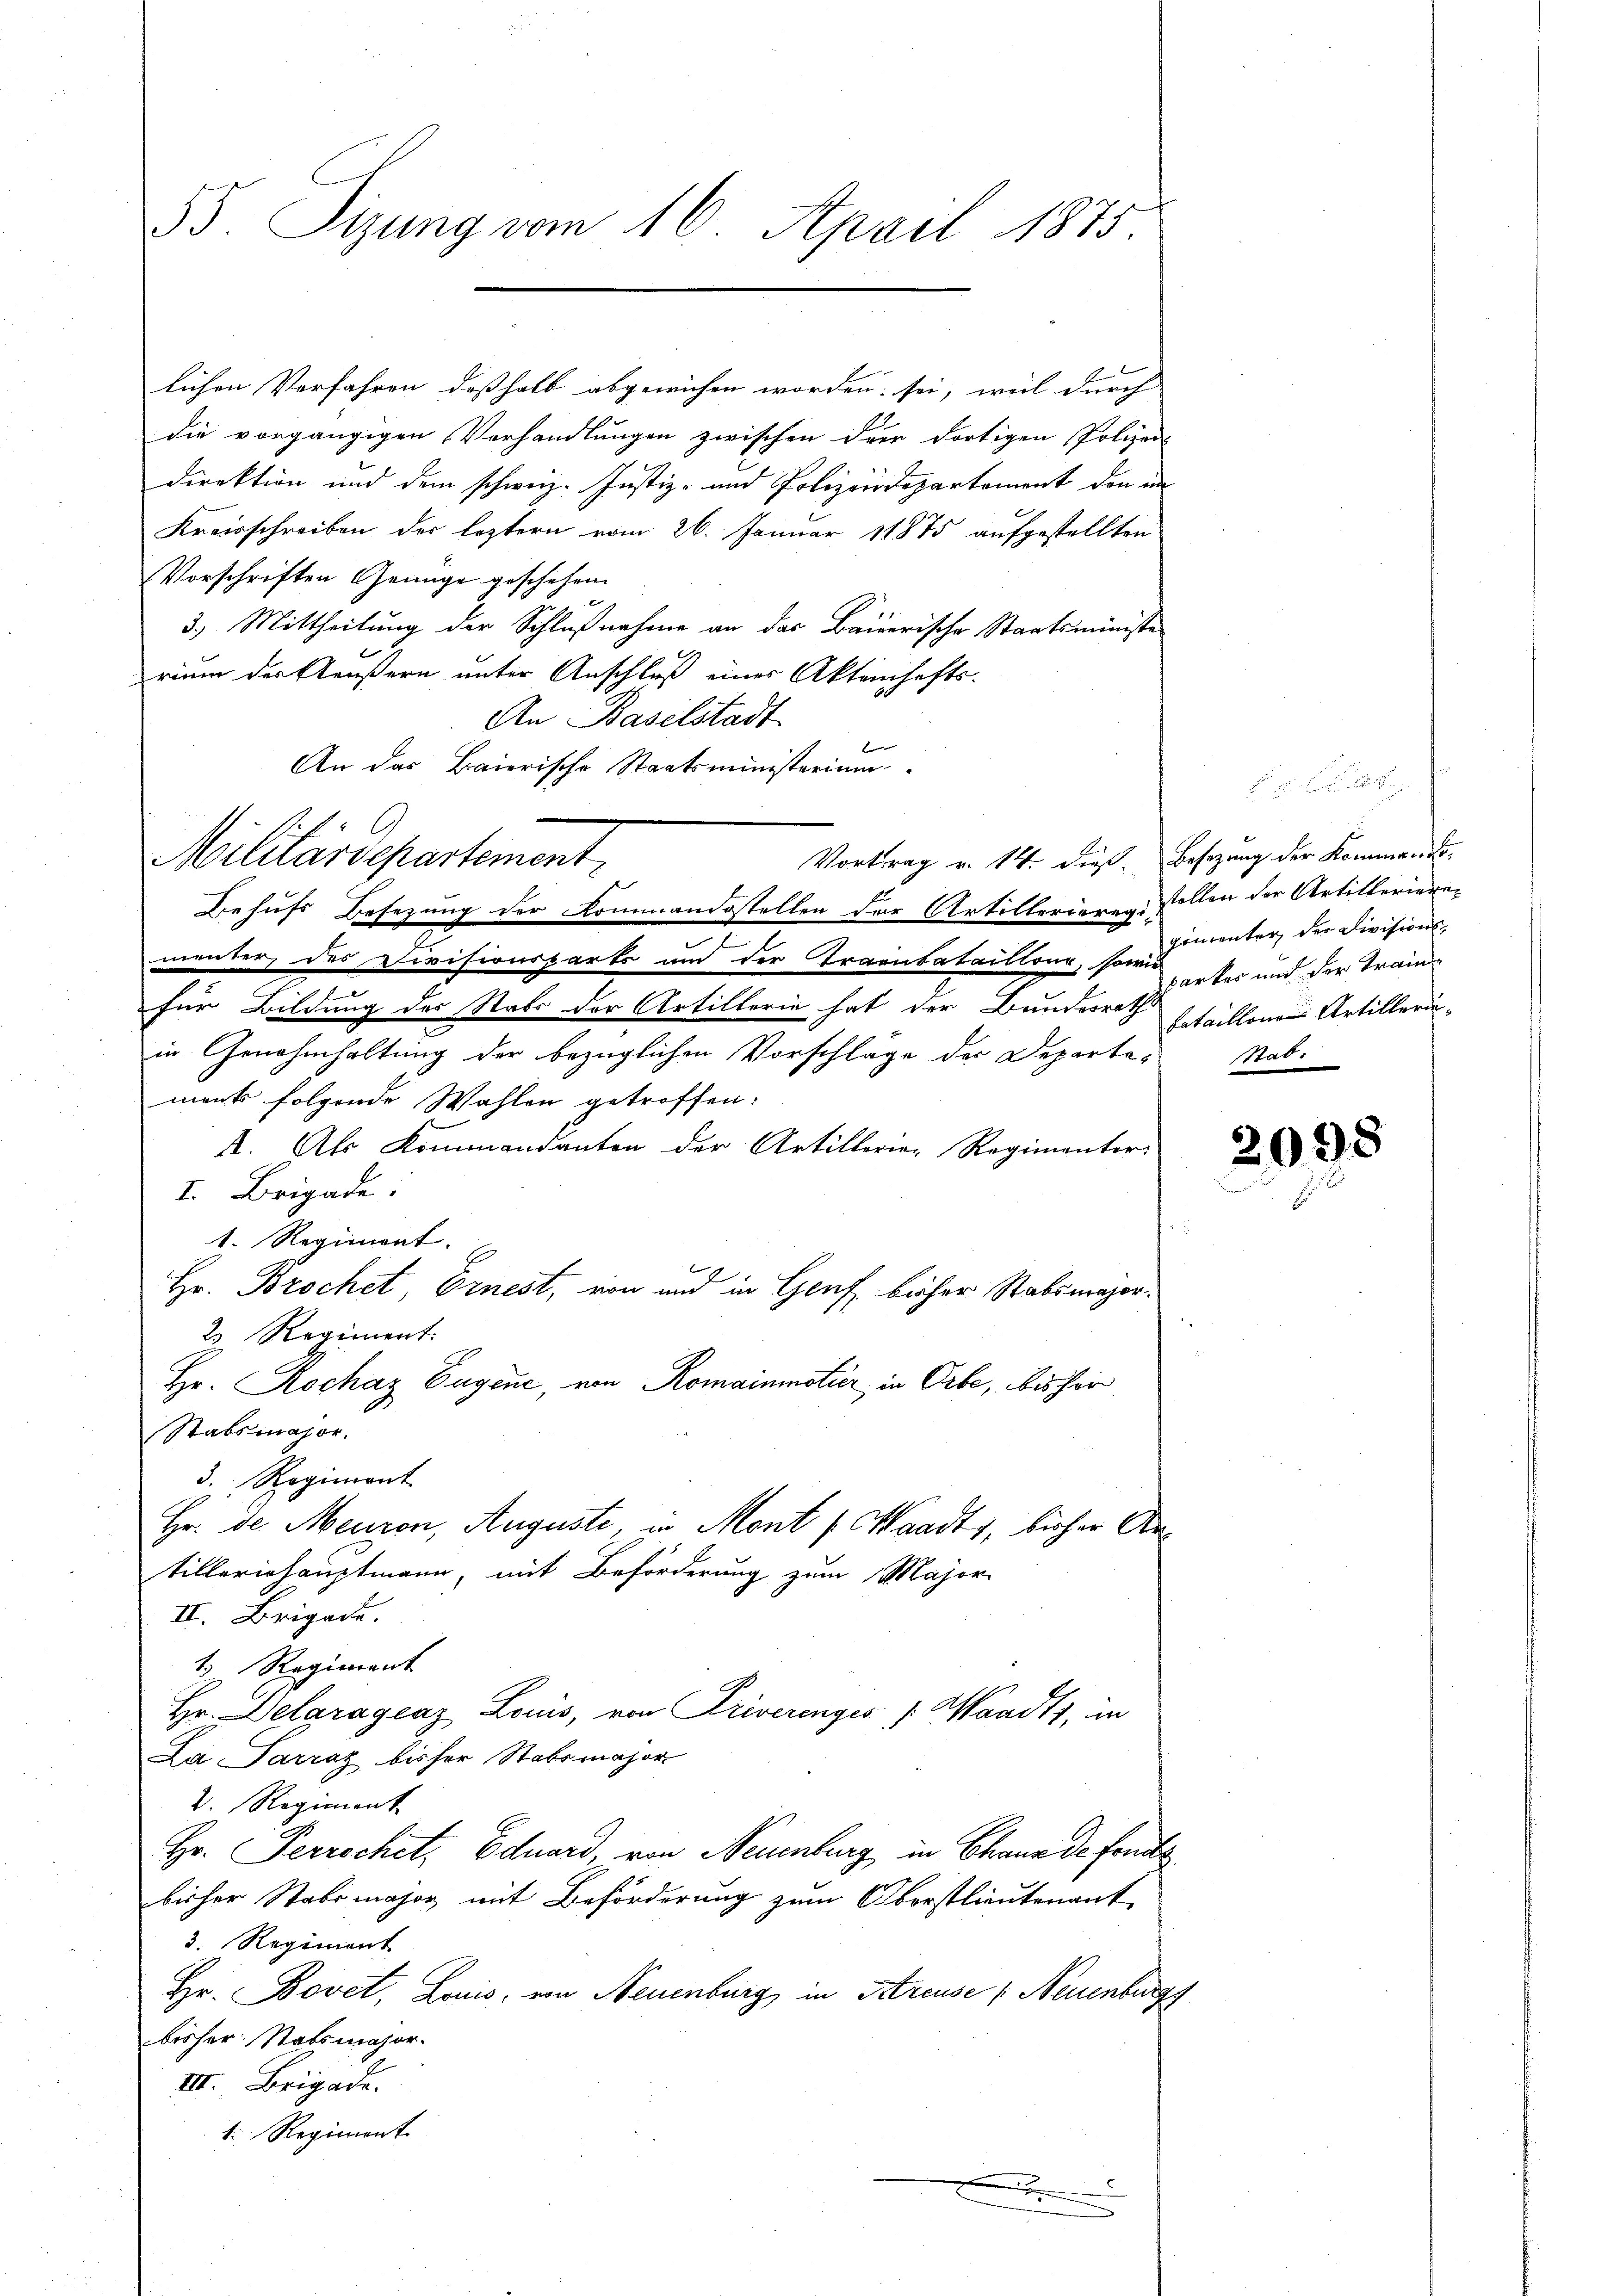
B. Sizung vom 16. April 1875.

lichen Verfahren deßhalb abgewichen worden sei, weil durch
die vorgängigen Verhandlungen zwischen der dortigen Polizei-
Direktion und dem schweiz. Justiz- und Polizeidepartement den im
Kreisschreiben der leztern vom 26. Januar 1875 aufgestellten
Vorschriften Genüge geschehen.
3.) Mittheilung der Schlußnahme an das Baierische Staatsministe
rium der Aeußern unter Anschluß eines Aktenhafts-
An Baselstadt
An das Baierische Staatsministerium
Vortrag v. 14. dieß. Besizung der Kommen Fr.
Behufs Besezung der Kommandestellen der Artillerierigstellen der Artillerierementer des Divisionsparte und der Traentataillour, sowie sei und der Train-
für Bildung des Stabs der Artillerin hat der Bundesrath schällenen Artilleriin Genehmhaltung der bezüglichen Vorschlage der Departe-
ment folgende Wahlen getroffen:
A. Als Kommandanton der Artillerie-Regimenter
I. Brigade.
1. Regiment. |
Hr. Brochet, Ernest, von und in Genf, bisher Stabsmajor.
2. Regiment.
Hr. Rochaz Eugene, von Romainmotier in Orte, bisher
Stabsmajor.
d. Regiment
Hr. des Meuron, Auguste, in Mont (Waadt, bisher Antillerishauptmann, mit Beförderung zum Major-
II. Brigade.
 Regiment
Hr. Delaragraz Louis, von Priverenges /: Waadt, in
La Sarraz bisher Stabsmajor
2. Regiment
Hr. Perrechet, Eduard, von Neuenburg in Chaus de fandts
bisher Stabsmajor, mit Beförderung zum Oberstlieutenant
3. Regiment
Hr. Bovet, Louis, von Neuenburg in Areuse (Neuenburg
bisher Stabsmajor.
III. Brigade.
1. Regiment
.

Militärdepartement.

gimenter der Divisions¬
Stati

2095